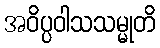
အဝိပ္ပဝါသသမ္မုတိ